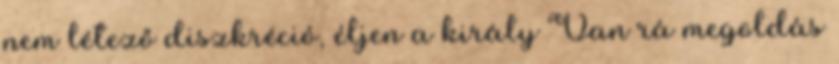
nem létező diszkréció, éljen a király Van rá megoldás